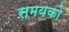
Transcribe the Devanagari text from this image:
समयको